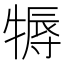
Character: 𤚾